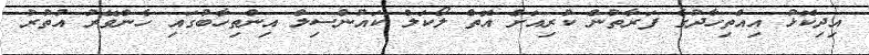
އިދިކޮޅު އިއްތިހާދުގެ ފަރާތުން ކުރިއަށް އޮތް ލޯކަލް ކައުންސިލް އިންތިހާބުގައި ހެންވޭރު އުތުރު